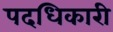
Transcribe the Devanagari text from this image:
पदधिकारी